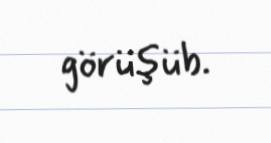
görüşüb.